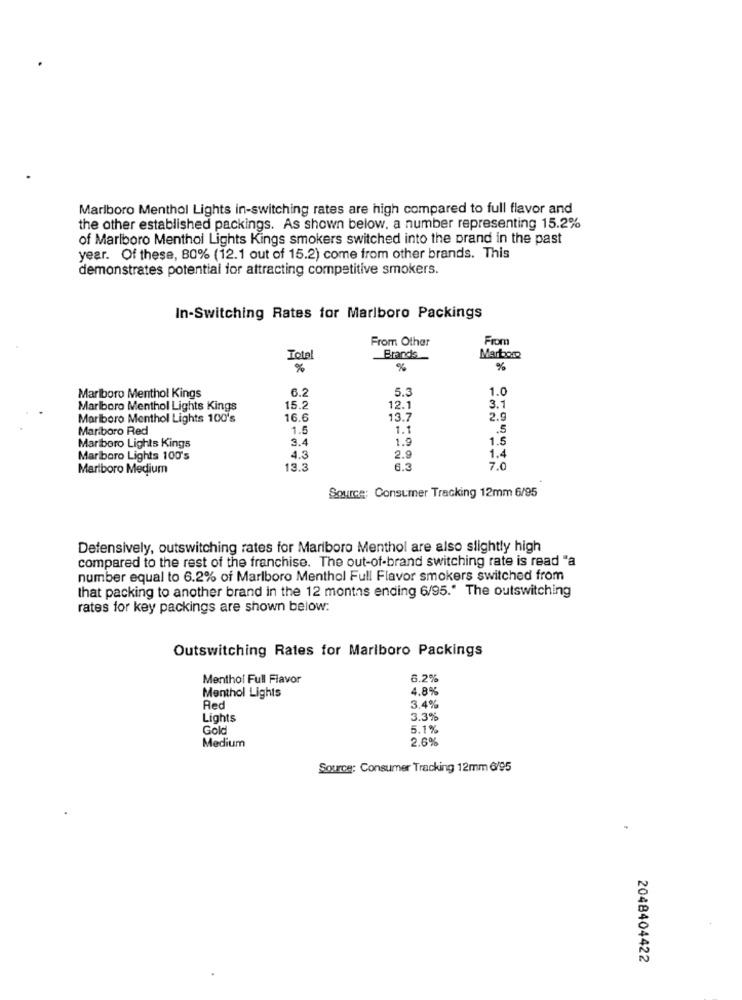
Marlboro Menthol Lights in-switching rates are high compared to full flavor and
the other established packings. As shown below, a number representing 15.2%
of Marlboro Menthol Lights Kings smokers switched into the brand in the past
year. Of these, 80% (12.1 out of 15.2) come from other brands. This
demonstrates potential for attracting competitive smokers.
In-Switching Rates for Marlboro Packings
From Other
From
Total
Brands_
Marboro
%
%
%
6.2
5.3
1.0
Marlboro Menthol Kings
Marlboro Menthol Lights Kings
15.2
12.1
3.1
Marlboro Menthol Lights 100's
16.6
13.7
2.9
Mariboro Red
1.5
1.1
.5
3.4
1.9
1.5
Mariboro Lights Kings
1.4
Marlboro Lights 100's
4.3
2.9
Marlboro Medium
13.3
6.3
7.0
Source; Consumer Tracking 12mm 6/95
Defensively, outswitching rates for Marlboro Menthol are also slightly high
compared to the rest of the franchise. The out-of-brand switching rate is read "a
number equal to 6.2% of Marlboro Menthol Full Flavor smokers switched from
that packing to another brand in the 12 months ending 6/95." The outswitching
rates for key packings are shown below:
Outswitching Rates for Marlboro Packings
Menthol Full Flavor
6.2%
4.8%
Menthol Lights
Red
3.4%
Lights
3.3%
Gol
5.1%
2.6%
Medium
Source: Consumer Tracking 12mm 6/95
2048404422